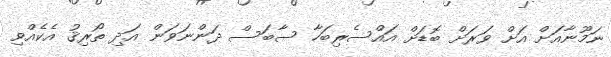
ނަމޫނާއަށް އަށް ވަރަށް ބޮޑަށް އައްސެރިބަހާ ސާބަސް ދަންނަވަން އަދި ތޯރިޤު އެކެއްވި